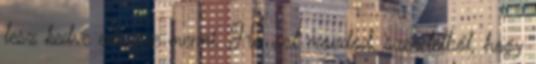
lesz kedve edzésre menni. Ha azt mondod, szeretetből, hogy